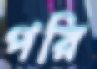
পরি